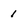
Character: 1